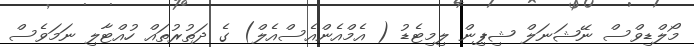
މޯލްޑިވްސް ނޭޝަނަލް ޝިޕިން ލިމިޓެޑު ( އެމްއެންއެސްއެލް) ގެ ދަތުރުތައް ހުއްޓާލި ނަމަވެސް